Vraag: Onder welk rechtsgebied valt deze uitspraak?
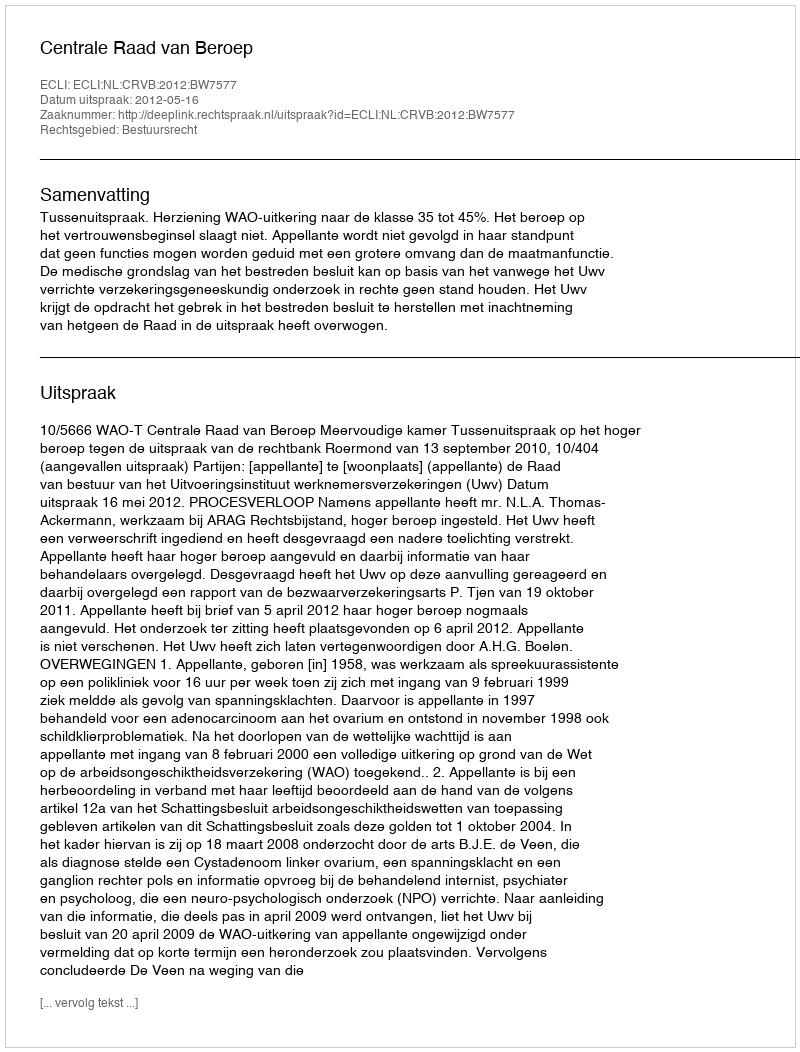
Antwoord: Bestuursrecht